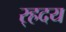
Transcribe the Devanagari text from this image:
र्‍हदय